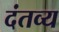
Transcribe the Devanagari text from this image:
दंतव्य